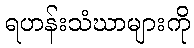
ရဟန်းသံဃာများကို